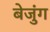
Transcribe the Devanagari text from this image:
बेजुंग